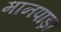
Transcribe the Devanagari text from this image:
मानपाड़ा